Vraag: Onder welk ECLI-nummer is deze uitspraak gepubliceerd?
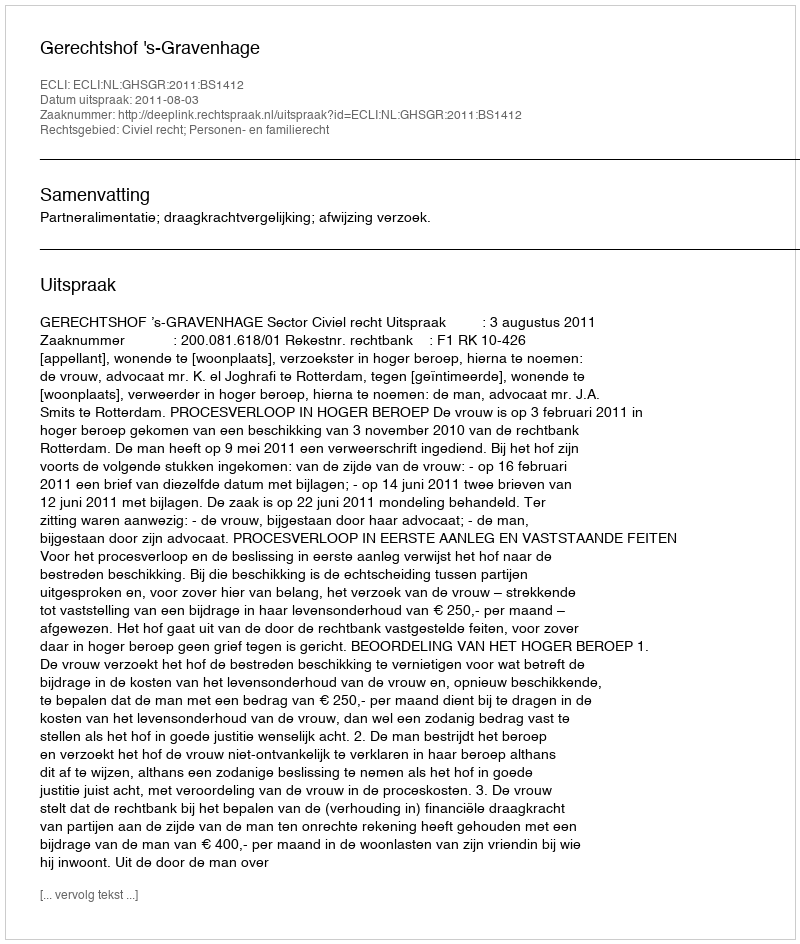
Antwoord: ECLI:NL:GHSGR:2011:BS1412